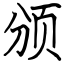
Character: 颁